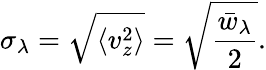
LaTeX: \sigma_{\lambda}=\sqrt{\langle v_{z}^{2}\rangle}=\sqrt{\frac{\bar{w}_{\lambda}}{2}}.